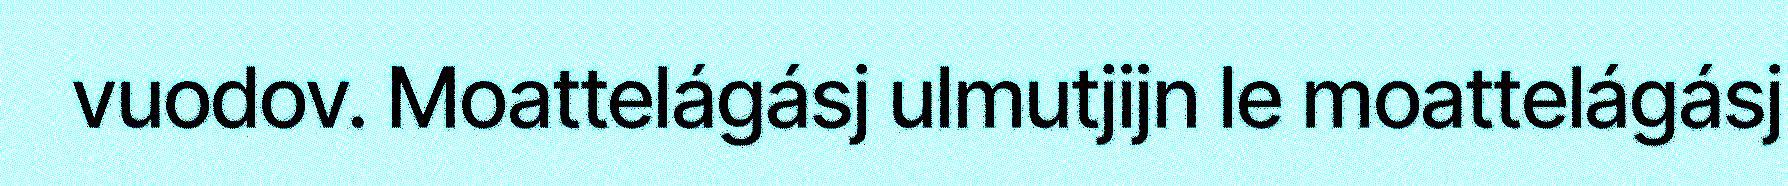
vuodov. Moattelágásj ulmutjijn le moattelágásj